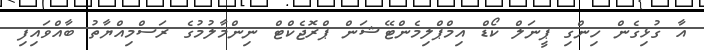
އާ ގުޅިގެން ހިންގި ޕީނަލް ކޯޑް އިމްޕްލިމެންޓޭޝަން ޕްރޮޖެކްޓް ނިންމާލުމުގެ ރަސްމިއްޔާތު ބާއްވައިފި